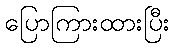
ပြောကြားထားပြီး